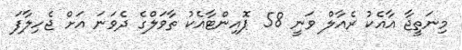
މިނަތީޖާ އާއެކު ރެއާލް ވަނީ 58 ޕޮއިންޓާއެކު ތާވަލްގެ ދެވަނަ އަށް ޖެހިލާފަ